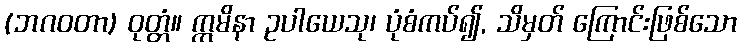
(ဘဂဝတာ) ဝုတ္တံ။ ဣမိနာ ဥပါယေသု၊ ပုံစံကပ်၍, သိမှတ် ကြောင်းဖြစ်သော